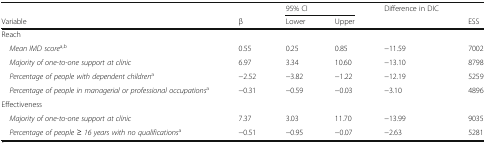
|  |  | <COLSPAN=2> 95% CI | Difference in DIC |  |
 | Variable | β | Lower | Upper |  | ESS |
 | --- | --- | --- | --- | --- | --- |
 | <COLSPAN=6> Reach |
 | Mean IMD scorea,b | 0.55 | 0.25 | 0.85 | −11.59 | 7002 |
 | Majority of one-to-one support at clinic | 6.97 | 3.34 | 10.60 | −13.10 | 8798 |
 | Percentage of people with dependent childrena | −2.52 | −3.82 | −1.22 | −12.19 | 5259 |
 | Percentage of people in managerial or professional occupationsa | −0.31 | −0.59 | −0.03 | −3.10 | 4896 |
 | <COLSPAN=6> Effectiveness |
 | Majority of one-to-one support at clinic | 7.37 | 3.03 | 11.70 | −13.99 | 9035 |
 | Percentage of people ≥ 16 years with no qualificationsa | −0.51 | −0.95 | −0.07 | −2.63 | 5281 |